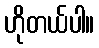
ဟိုတယ်ပါ။